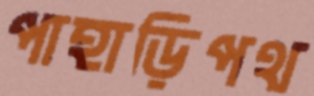
পাহাড়িপথ